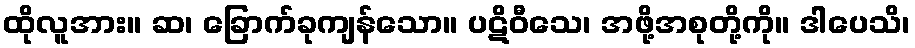
ထိုလူအား။ ဆ၊ ခြောက်ခုကျန်သော။ ပဋိဝီသေ၊ အဖို့အစုတို့ကို။ ဒါပေသိ၊